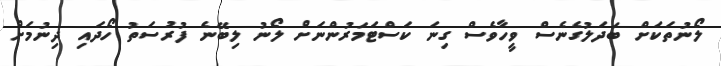
ލޯނުތަކަށް ބަދަލުގެނެސް ވީހާވެސް ގިނަ ކަސްޓަމަރުންނަށް ލޯނު ލިބޭނެ ފުރުސަތު ހޯދައި ދިނުމަށް